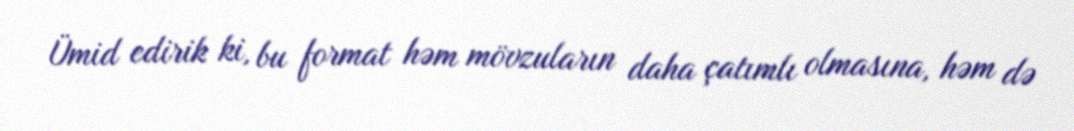
Ümid edirik ki, bu format həm mövzuların daha çatımlı olmasına, həm də